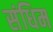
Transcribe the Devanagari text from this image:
संधिम